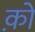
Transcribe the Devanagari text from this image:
को़